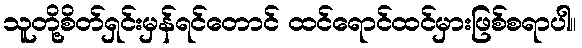
သူတို့စိတ်ရှင်းမှန်ရင်တောင် ထင်ရောင်ထင်မှားဖြစ်စရာပါ။